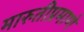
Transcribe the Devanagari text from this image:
मारुतीप्रमाणे